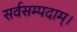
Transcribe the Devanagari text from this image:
सर्वसम्पदाम्‌।